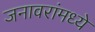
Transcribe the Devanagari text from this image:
जनावरांमध्ये